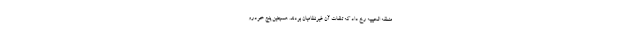
منطقه الحبیبیه رخ داد که تلفات آن غیرنظامیان بودند. همچنین پنج خودرو